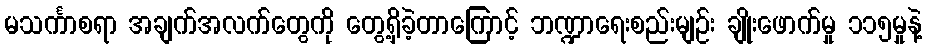
မသင်္ကာစရာ အချက်အလက်တွေကို တွေ့ရှိခဲ့တာကြောင့် ဘဏ္ဍာရေးစည်းမျဉ်း ချိုးဖောက်မှု ၁၁၅မှုနဲ့